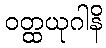
ဝတ္ထယုဂါနိ